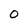
Character: 0